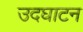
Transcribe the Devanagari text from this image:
उदघाटन